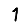
Digit: 1